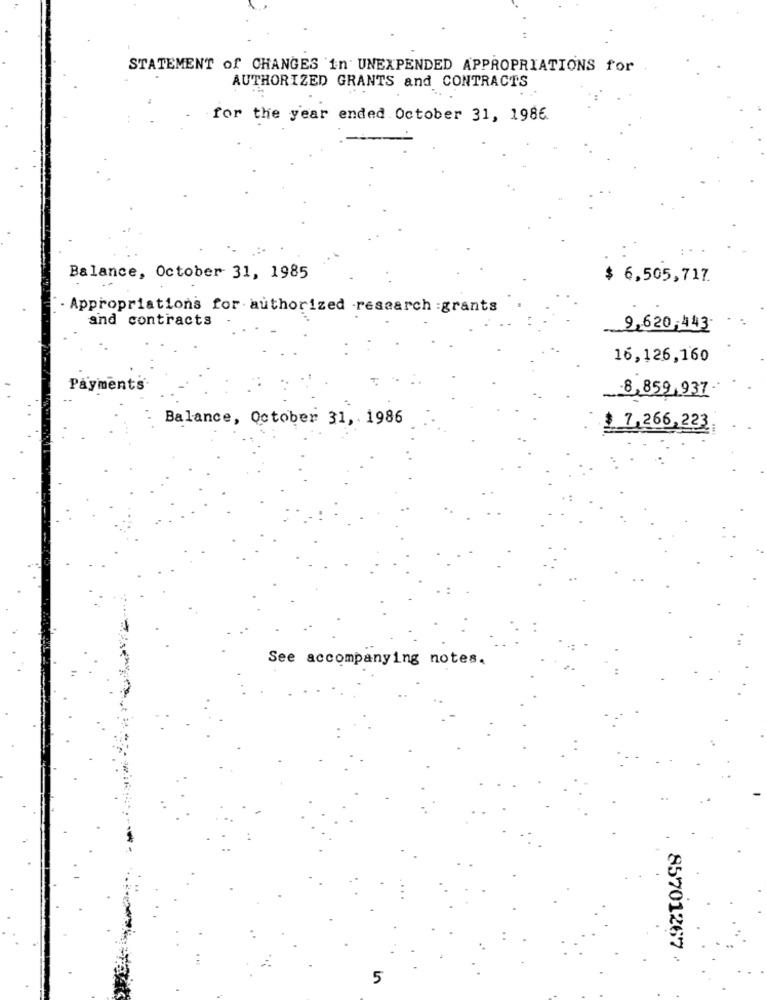
STATEMENT of CHANGES in UNEXPENDED APPROPRIATIONS for
AUTHORIZED GRANTS and CONTRACTS
for the year ended October 31, 1986
Balance, October 31, 1985
$6,505,717
- Appropriations for authorized -research :grants
and contracts
2,620,443
16,126,160
Payments
8,859.937-
Balance, October 31, 1986
7,266,223
See accompanying notes.
85701267
5